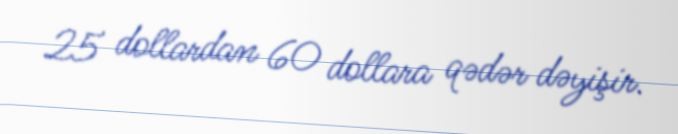
25 dollardan 60 dollara qədər dəyişir.